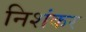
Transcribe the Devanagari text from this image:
निशंकर